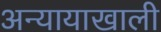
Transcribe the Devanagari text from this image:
अन्यायाखाली